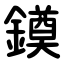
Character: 䥖